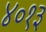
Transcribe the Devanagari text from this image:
४०१३